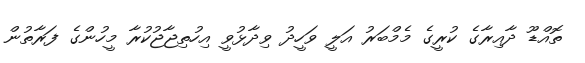
ތޮއްޑޫ ދާއިރާގެ ކުރީގެ މެމްބަރު އަލީ ވަހީދު ވިދާޅުވީ އިހުތިޖާޖުކުރާ މީހުންގެ ފަރާތުން